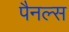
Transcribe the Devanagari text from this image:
पैनल्स